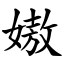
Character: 㜜